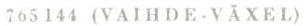
765144 (VAIHDE - VÄXEL)